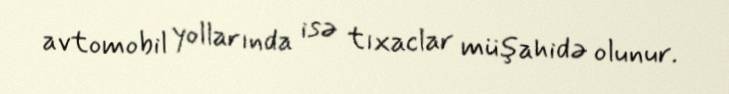
avtomobil yollarında isə tıxaclar müşahidə olunur.